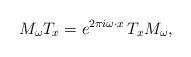
LaTeX: \begin{align*}M_\omega T_x = e^{2 \pi i \omega \cdot x} \, T_x M_\omega,\end{align*}